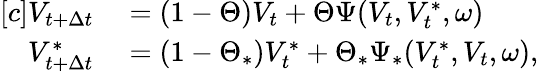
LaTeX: \begin{array}{r}{\begin{array}{rl}{[c]V_{t+\Delta{t}}}&{{}=(1-\Theta)V_{t}+\Theta\Psi(V_{t},V_{t}^{\ast},\omega)}\\ {V_{t+\Delta{t}}^{\ast}}&{{}=(1-\Theta_{\ast})V_{t}^{\ast}+\Theta_{\ast}\Psi_{\ast}(V_{t}^{\ast},V_{t},\omega),}\end{array}}\end{array}